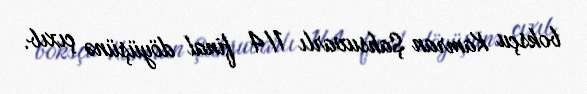
boksçu Kamran Şahsuvarlı 1/4 final döyüşünə çıxıb.